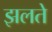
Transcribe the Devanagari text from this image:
झलते